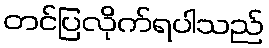
တင်ပြလိုက်ရပါသည်